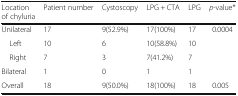
| Location of chyluria | Patient number | Cystoscopy | LPG + CTA | LPG | p-value* |
 | --- | --- | --- | --- | --- | --- |
 | Unilateral | 17 | 9(52.9%) | 17(100%) | 17 | 0.0004 |
 | Left | 10 | 6 | 10(58.8%) | 10 |  |
 | Right | 7 | 3 | 7(41.2%) | 7 |  |
 | Bilateral | 1 | 0 | 1 | 1 |  |
 | Overall | 18 | 9(50.0%) | 18(100%) | 18 | 0.005 |